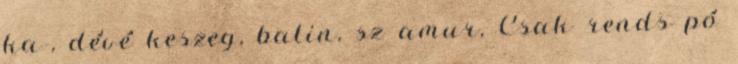
ka-, dévé keszeg, balin, sz amur, Csak rends pó